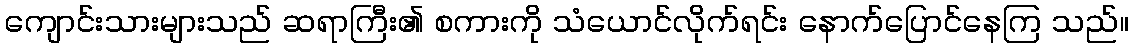
ကျောင်းသားများသည် ဆရာကြီး၏ စကားကို သံယောင်လိုက်ရင်း နောက်ပြောင်နေကြ သည်။